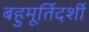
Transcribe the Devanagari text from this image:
बहुमूर्तिदर्शी